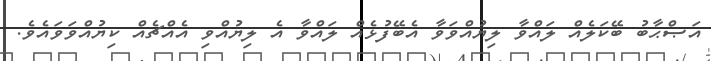
އަޞްޙާބު ބޭކަލެއް ލައްވާ ލިޔުއްވަވާ އެބޭފުޅެއް ލައްވާ އެ ލިޔުއްވި އެއްޗެއް ކިޔުއްވަވައެވެ.